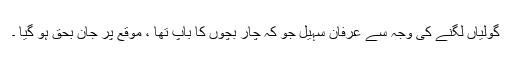
گولیاں لگنے کی وجہ سے عرفان سہیل جو کہ چار بچوں کا باپ تھا ، موقع پر جان بحق ہو گیا ۔